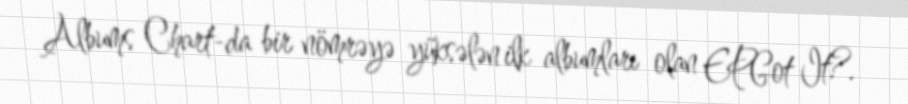
Albums Chart-da bir nömrəyə yüksələn ilk albumları olan EPGot It?.